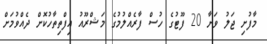
މާފުށި ޖަލު ވަށާ 20 ފޫޓުގެ ހުސް ފާރެއްލުމުގެ މަޝްރޫއު އިފްތިތާހުކޮށް ދެއްވުމަށް